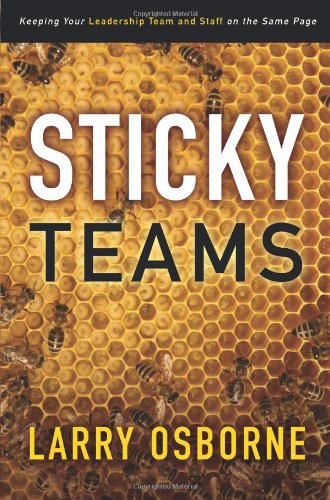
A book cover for Sticky Teams: Keeping Your Leadership Team and Staff on the Same Page; Larry Osborne; Christian Books & Bibles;